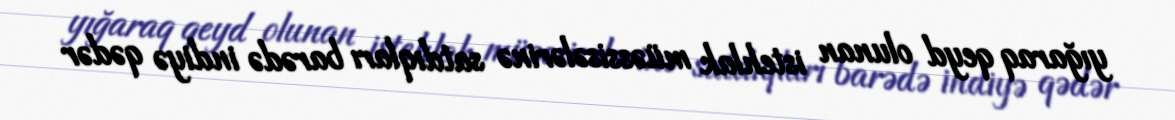
yığaraq qeyd olunan istehlak müəssisələrinə satdıqları barədə indiyə qədər